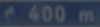
^400m